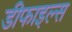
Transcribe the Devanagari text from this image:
डीफाइल्स